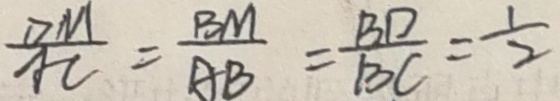
\frac { D M } { A C } = \frac { B M } { A B } = \frac { B D } { B C } = \frac { 1 } { 2 }